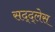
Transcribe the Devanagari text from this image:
सद्द्लेस